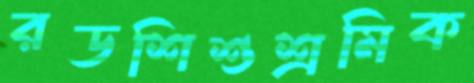
রডশিশুশ্রমিক